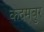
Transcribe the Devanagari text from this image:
कदमबुर